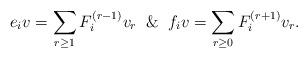
LaTeX: \begin{align*} e_i v = \sum_{r\ge1}F_i^{(r-1)}v_r\And f_i v = \sum_{r\ge0}F_i^{(r+1)}v_r. \end{align*}